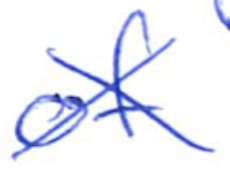
Text: of
Cross-out: cross
Writing tool: ballpoint